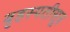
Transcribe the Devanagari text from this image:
बृहस्पतीसूत्र